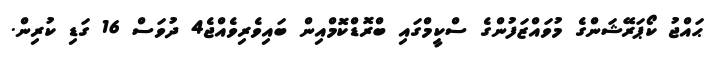
ޙައްޖު ކޯޕަރޭޝަންގެ މުވައްޒަފުންގެ ސްކީމްގައި ބްރޮޑްކޮމްއިން ބައިވެރިވެއްޖެ4 ދުވަސް 16 ގަޑި ކުރިން.